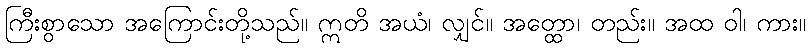
ကြီးစွာသော အကြောင်းတို့သည်။ ဣတိ အယံ၊ လျှင်။ အတ္ထော၊ တည်း။ အထ ဝါ၊ ကား။